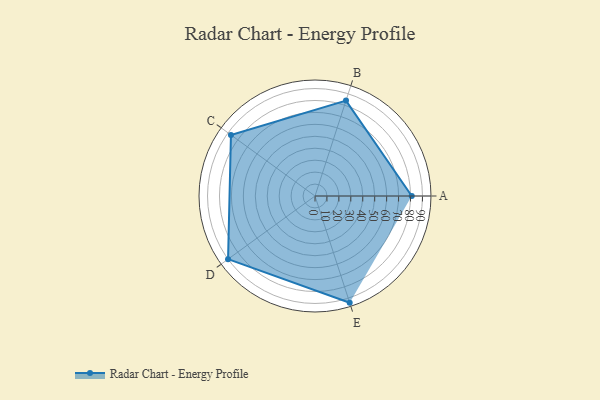
{"axis": {"x": "Skill", "y": "Score"}, "legend": ["Profile"], "data": [{"x": "A", "y": 81.0, "type": "Profile"}, {"x": "B", "y": 84.0, "type": "Profile"}, {"x": "C", "y": 87.0, "type": "Profile"}, {"x": "D", "y": 90.0, "type": "Profile"}, {"x": "E", "y": 94.0, "type": "Profile"}]}